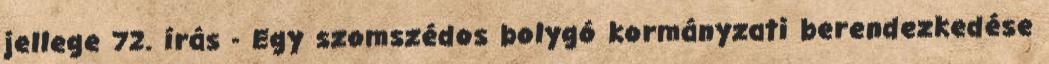
jellege 72. írás - Egy szomszédos bolygó kormányzati berendezkedése